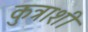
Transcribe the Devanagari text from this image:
कुत्राशी